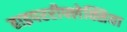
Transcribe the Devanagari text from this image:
हाइपररीफ्लेक्सिया